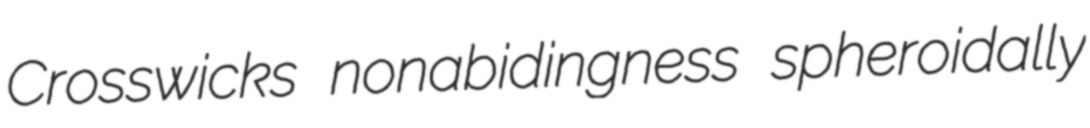
Crosswicks nonabidingness spheroidally